Lunatic asylums Madras 1892-1911 - 1892-1911
Year: 1892
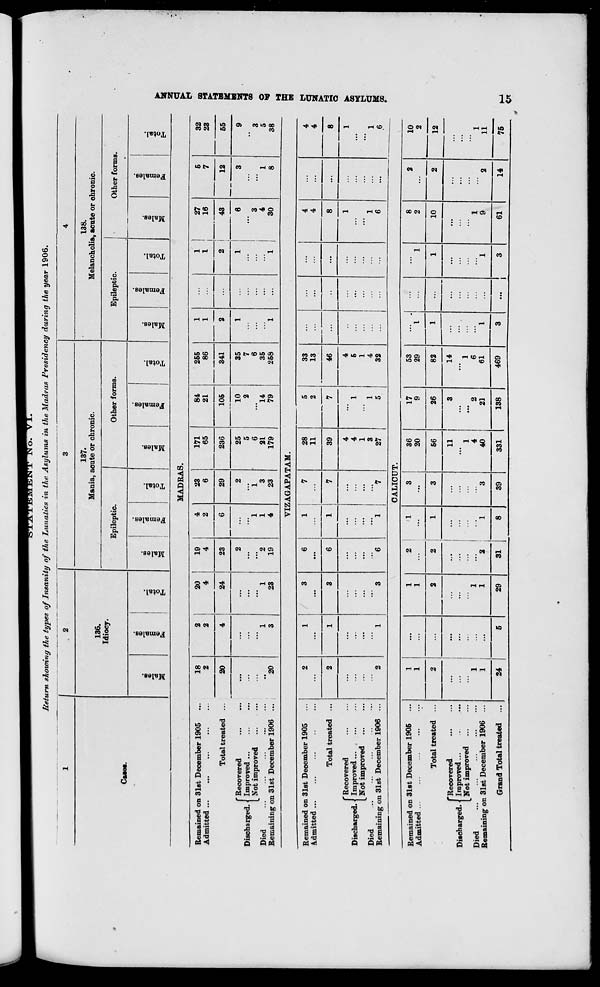
Return showing the types of Insanity of the Lunatics in the Asylums in the Madras Presidency during the year 1906.
1
. 2
3
4
136.
Idiocy.
137.
Mania, acute or chronic.
138.
Melancholia, acute or ohronic.
Case*.
Epileptic.
Other forms.
Epileptic.
Other forms.
■
3
Females.
Total.
Males.
Females.
*3
O
go
3
CO
as
a
o
Eq
-3
O
EH
to
9
3
to
13
a
09
"3 4a
O
E-i
si
O
"3
Females.
"3
4SJ
c
EH
Remained on 31st December 1905
Admitted ...
Total treated
(Recovered
Improved ...
Not improved
Died
Remaining on 31st December 1906
MADRAS.
18
2
20
20
4
1
3
20
4
24
1
23
19
4
23
4
2
6
23
6
29
2
...
2
...
1
1
2
1
3
19
4
23
171
65
236
25
5
6
21
179
84
21
105
10
14
79
255
86
341
35
7
6
35
258
1
I
27
16
43
6
3
4
30
5
7
12
1
8
32
23
55
3
5
38
VIZAGAPATAM.
Remained on 31st December 1905
Admitted ...
2
1
3
6
1
... 7
28
11
5
2
33
13
...
...
...
4
4
4
4
Total treated ...
2
1
3
6
1
7
39
7
46
...
...
8
...
8
fRecovered
Discharged, j Improved
1 Not improved
Died
Remaining on 31st December 1906 ...
2
1
3
"6
1
'"7
4
4
1
3
27
1
1
5
4
5
1
4
32
...
...
1
1
6
...
1
1
.6
CALICUT.
Remained on 31st December 1905
Admitted ...
...
--•
•••
■••
1
1
...
1
1
2
1
3
36
20
17
9
53
29
I
1
8
2
2
10
2
Total treated ...
2
2
2
1
3
56
26
82
1
...
1
10
2
12
f Recovered
Discharged, j Improved
LNot improved
Died
•••
•••
••-
••■
•••
Remaining on 31st December 1906 ...
1
1
...
1
1
:::
2
...
...
:::
1
3
11
1
4
40
3
"" 2
21
14
"" 1
6
61
1
...
1
1
9
2
" 1
11
Grand Total treated ...
24
5
29
31
8
39
331
138
469
3
...
3
61
14
75
SS
►
GO
H
M
K
H
at
o
H
n
s
I
i
a
Ct